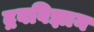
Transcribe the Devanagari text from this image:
द्रवविज्ञान